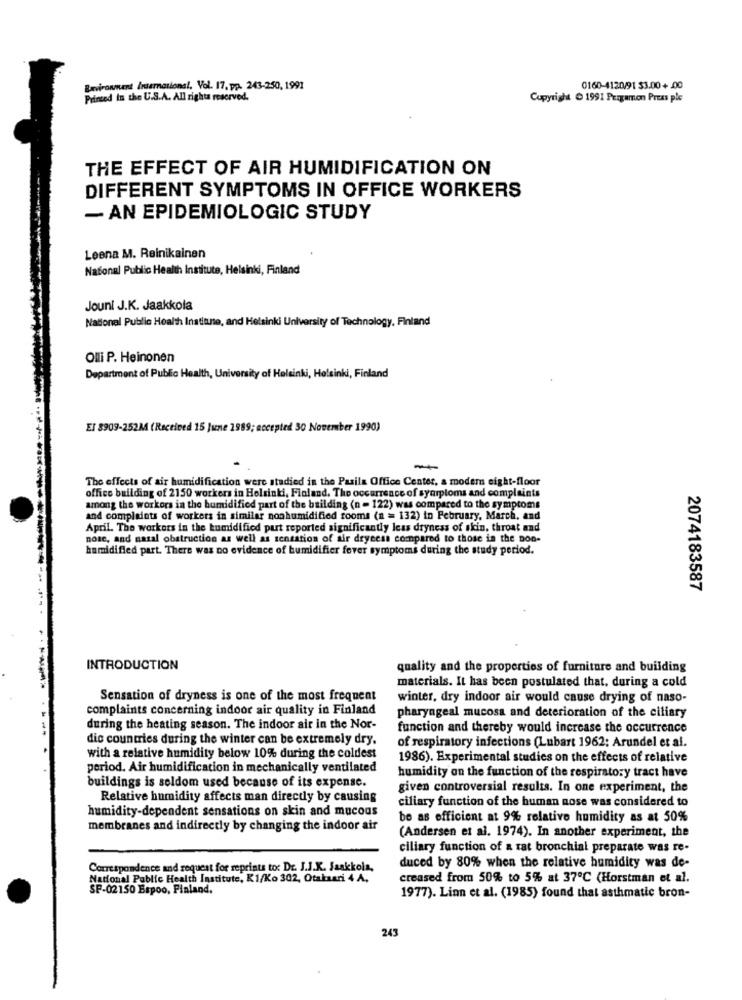
Buvirornent hruernational. Vol. 17, pp. 243-250, 1991
0160-4120/91 $3.00+ 00
Printed In the U.S.A. All rights reserved.
Copyright & 1991 Pragamon Press ple
THE EFFECT OF AIR HUMIDIFICATION ON
DIFFERENT SYMPTOMS IN OFFICE WORKERS
- AN EPIDEMIOLOGIC STUDY
Leena M. Reinikainen
National Public Health Institute, Helsinki, Finland
Jouni J.K. Jaakkola
National Public Health Instiante, and Helsinki University of Technology, Finland
Olli P. Heinonen
sinki, Finland
Department of Public Health, University of Hole
El 8909-252M4 (Received 15 June 1989; accepted 30 November 1990)
The effects of air humidification were studied in the Pasila Office Center, a modern eight-floor
office building of 2150 workers in Helsinki, Finland. The occurrence of syarploms and complaints
among the workors in the humidified part of the building (n = 122) was compared to the symptoms
and complaints of workers in similar nonhumidified rooms (n = 132) in February, March, and
April. The workers in the humidified part reported significantly less dryness of skin, throat and
nose, and nasal obstruction as well as sensation of air dryness compared to those in the non-
humidified part. There was no evidence of humidifier fever symptoms during the study period.
2074183587
INTRODUCTION
quality and the properties of furniture and building
materials. It has been postulated that, during a cold
Sensation of dryness is one of the most frequent
winter, dry indoor air would cause drying of naso-
complaints concerning indoor air quality in Finland
pharyngeal mucosa and deterioration of the ciliary
during the heating season. The indoor air in the Nor-
function and thereby would increase the occurrence
dic countries during the winter can be extremely dry.
of respiratory infections (Lubart 1962: Arundel et al.
with a relative humidity below 10% during the coldest
1986). Experimental studies on the effects of relative
period. Air humidification in mechanically ventilated
humidity on the function of the respiratory tract have
buildings is seldom used because of its expense.
given controversial results. In one experiment, the
Relative humidity affects man directly by causing
ciliary function of the human nose was considered to
humidity-dependent sensations on skin and mucous
be as efficient at 9% relative humidity as at 50%
membranes and indirectly by changing the indoor air
(Andersen et al. 1974). In another experiment, the
ciliary function of a rat bronchial preparate was re-
Correspondence and request for reprints to: Dr. J.J.K. Jaakkola,
duced by 80% when the relative humidity was de-
National Public Health Institute, K1/Ko 302, Otaksari 4 A.
creased from 50% to 5% at 37℃ (Horstman et al.
SP-02150 Espoo, Finland.
1977). Linn et al. (1985) found that asthmatic bron-
243